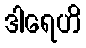
ဒါရေဟိ